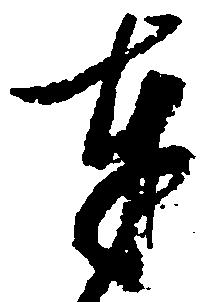
奉